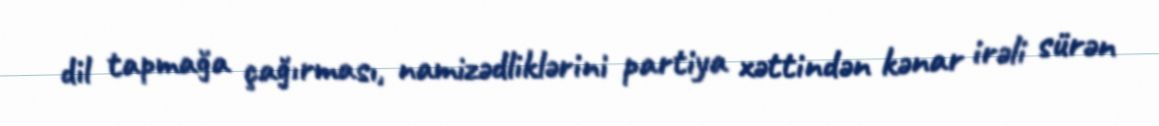
dil tapmağa çağırması, namizədliklərini partiya xəttindən kənar irəli sürən